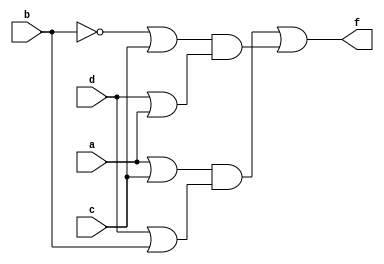
module Lab1_gatelevel(f,a,b,c,d);
	output f;
	input a,b,c,d;
	wire w1,w2,w3,w4,w5,w6,w;
	
	or g1(w1,a,c);
	or g2(w2,d,b);
	not g3(w,b);
	or g4(w3,w,c);
	or g5(w4,d,a);
	and g6(w5,w1,w2);
	and g7(w6,w3,w4);
	or g8(f,w5,w6);
	
endmodule